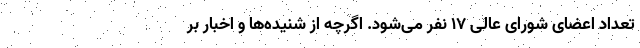
تعداد اعضای شورای‌ عالی ۱۷ نفر می‌شود. اگرچه از شنیده‌ها و اخبار بر